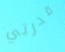
قدرتي